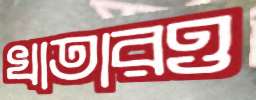
খাতারও